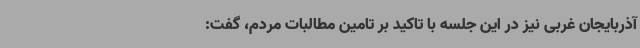
آذربایجان غربی نیز در این جلسه با تاکید بر تامین مطالبات مردم، گفت: